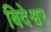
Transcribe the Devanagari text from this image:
बिदेश्वर